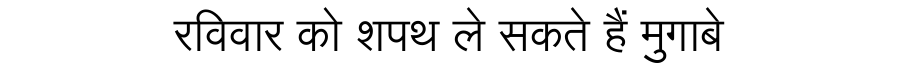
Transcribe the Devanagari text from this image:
रविवार को शपथ ले सकते हैं मुगाबे